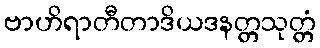
ဗာဟိရာတီတာဒိယဒနတ္တသုတ္တံ